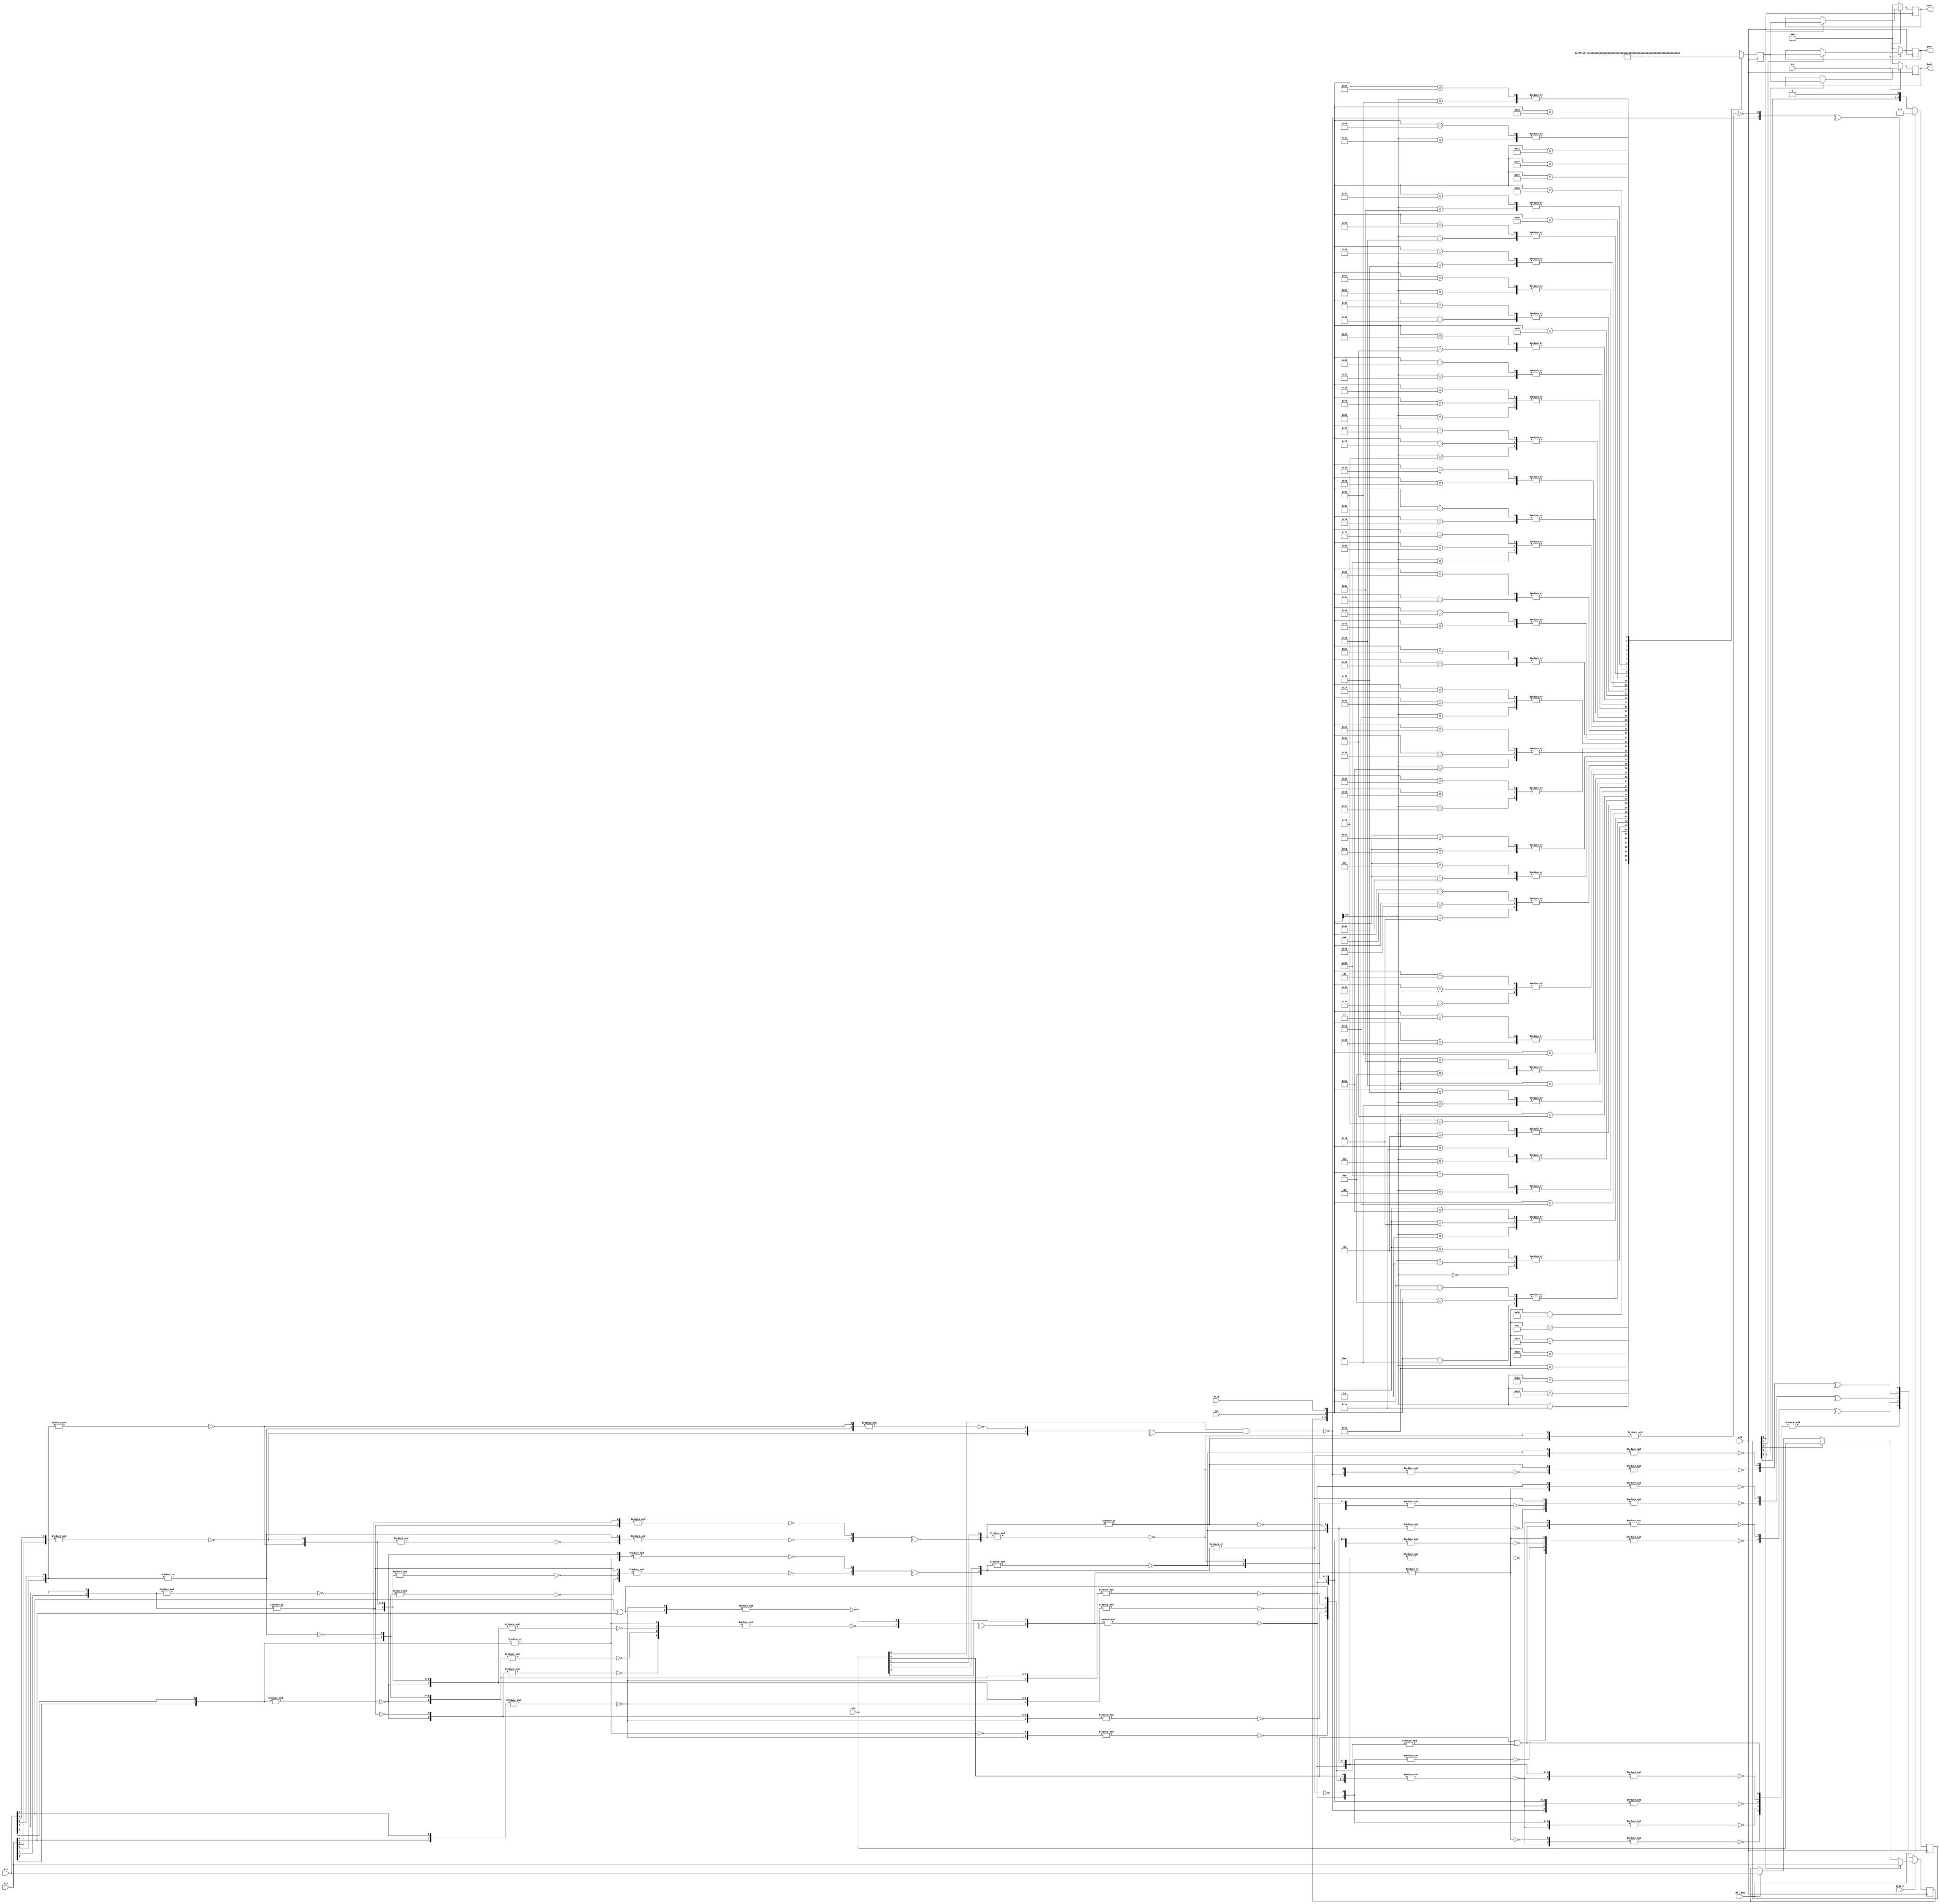
/*  This file is part of JTCORES.
    JTCORES program is free software: you can redistribute it and/or modify
    it under the terms of the GNU General Public License as published by
    the Free Software Foundation, either version 3 of the License, or
    (at your option) any later version.

    JTCORES program is distributed in the hope that it will be useful,
    but WITHOUT ANY WARRANTY; without even the implied warranty of
    MERCHANTABILITY or FITNESS FOR A PARTICULAR PURPOSE.  See the
    GNU General Public License for more details.

    You should have received a copy of the GNU General Public License
    along with JTCORES.  If not, see <http://www.gnu.org/licenses/>.

    Author: Jose Tejada Gomez. Twitter: @topapate
    Version: 1.0
    Date: 28-4-2024 */

// Model of SEGA's 315-5242 DAC
// based on RE work in
// https://github.com/furrtek/SiliconRE
// DAC values derived from electrical network analysis

module jtshanon_coldac(
    input            clk,
    input            pxl_cen,
    input      [4:0] rin, gin, bin,
    input            en,
    input            gray_n,
    input            sh,
    input            hilo,
    output reg [5:0] rout, gout, bout
);

reg  [5:0] lvl;
reg  [4:0] act;
wire [4:0] gray;
reg  [3:0] cnt;

always @(posedge clk) begin
    cnt <= cnt<<1;
    if(pxl_cen) begin
        cnt <= 1;
        act <= rin;
    end
    if( cnt[0] )  act        <=  gin;
    if( cnt[1] ) {act, rout} <= {bin, lvl};
    if( cnt[2] )       gout  <=       lvl;
    if( cnt[3] )       bout  <=       lvl;
    if( !gray_n ) act <= gray;
    if( !en ) {rout,gout,bout} <= 0;
    casez( {act,sh,hilo})
        // normal tones
        {5'd00, 2'b0?}: lvl <= 0;
        {5'd01, 2'b0?}: lvl <= 2;
        {5'd02, 2'b0?}: lvl <= 4;
        {5'd03, 2'b0?}: lvl <= 5;
        {5'd04, 2'b0?}: lvl <= 7;
        {5'd05, 2'b0?}: lvl <= 9;
        {5'd06, 2'b0?}: lvl <= 10;
        {5'd07, 2'b0?}: lvl <= 12;
        {5'd08, 2'b0?}: lvl <= 15;
        {5'd09, 2'b0?}: lvl <= 16;
        {5'd10, 2'b0?}: lvl <= 18;
        {5'd11, 2'b0?}: lvl <= 20;
        {5'd12, 2'b0?}: lvl <= 22;
        {5'd13, 2'b0?}: lvl <= 24;
        {5'd14, 2'b0?}: lvl <= 25;
        {5'd15, 2'b0?}: lvl <= 27;
        {5'd16, 2'b0?}: lvl <= 31;
        {5'd17, 2'b0?}: lvl <= 33;
        {5'd18, 2'b0?}: lvl <= 35;
        {5'd19, 2'b0?}: lvl <= 36;
        {5'd20, 2'b0?}: lvl <= 38;
        {5'd21, 2'b0?}: lvl <= 40;
        {5'd22, 2'b0?}: lvl <= 42;
        {5'd23, 2'b0?}: lvl <= 43;
        {5'd24, 2'b0?}: lvl <= 46;
        {5'd25, 2'b0?}: lvl <= 47;
        {5'd26, 2'b0?}: lvl <= 49;
        {5'd27, 2'b0?}: lvl <= 51;
        {5'd28, 2'b0?}: lvl <= 53;
        {5'd29, 2'b0?}: lvl <= 55;
        {5'd30, 2'b0?}: lvl <= 56;
        {5'd31, 2'b0?}: lvl <= 58;
        // dimmed
        {5'd00, 2'b10}: lvl <= 0;
        {5'd01, 2'b10}: lvl <= 0;
        {5'd02, 2'b10}: lvl <= 1;
        {5'd03, 2'b10}: lvl <= 1;
        {5'd04, 2'b10}: lvl <= 1;
        {5'd05, 2'b10}: lvl <= 2; // values above this point were rounded up
        {5'd06, 2'b10}: lvl <= 2; // to avoid too many zero entries
        {5'd07, 2'b10}: lvl <= 3;
        {5'd08, 2'b10}: lvl <= 4;
        {5'd09, 2'b10}: lvl <= 5;
        {5'd10, 2'b10}: lvl <= 7;
        {5'd11, 2'b10}: lvl <= 8;
        {5'd12, 2'b10}: lvl <= 9;
        {5'd13, 2'b10}: lvl <= 11;
        {5'd14, 2'b10}: lvl <= 12;
        {5'd15, 2'b10}: lvl <= 14;
        {5'd16, 2'b10}: lvl <= 17;
        {5'd17, 2'b10}: lvl <= 18;
        {5'd18, 2'b10}: lvl <= 20;
        {5'd19, 2'b10}: lvl <= 21;
        {5'd20, 2'b10}: lvl <= 23;
        {5'd21, 2'b10}: lvl <= 24;
        {5'd22, 2'b10}: lvl <= 25;
        {5'd23, 2'b10}: lvl <= 27;
        {5'd24, 2'b10}: lvl <= 29;
        {5'd25, 2'b10}: lvl <= 30;
        {5'd26, 2'b10}: lvl <= 32;
        {5'd27, 2'b10}: lvl <= 33;
        {5'd28, 2'b10}: lvl <= 34;
        {5'd29, 2'b10}: lvl <= 36;
        {5'd30, 2'b10}: lvl <= 37;
        {5'd31, 2'b10}: lvl <= 38;
        // bright
        {5'd00, 2'b11}: lvl <= 17;
        {5'd01, 2'b11}: lvl <= 18;
        {5'd02, 2'b11}: lvl <= 20;
        {5'd03, 2'b11}: lvl <= 21;
        {5'd04, 2'b11}: lvl <= 23;
        {5'd05, 2'b11}: lvl <= 24;
        {5'd06, 2'b11}: lvl <= 25;
        {5'd07, 2'b11}: lvl <= 27;
        {5'd08, 2'b11}: lvl <= 29;
        {5'd09, 2'b11}: lvl <= 30;
        {5'd10, 2'b11}: lvl <= 32;
        {5'd11, 2'b11}: lvl <= 33;
        {5'd12, 2'b11}: lvl <= 34;
        {5'd13, 2'b11}: lvl <= 36;
        {5'd14, 2'b11}: lvl <= 37;
        {5'd15, 2'b11}: lvl <= 38;
        {5'd16, 2'b11}: lvl <= 42;
        {5'd17, 2'b11}: lvl <= 43;
        {5'd18, 2'b11}: lvl <= 45;
        {5'd19, 2'b11}: lvl <= 46;
        {5'd20, 2'b11}: lvl <= 47;
        {5'd21, 2'b11}: lvl <= 49;
        {5'd22, 2'b11}: lvl <= 50;
        {5'd23, 2'b11}: lvl <= 51;
        {5'd24, 2'b11}: lvl <= 54;
        {5'd25, 2'b11}: lvl <= 55;
        {5'd26, 2'b11}: lvl <= 56;
        {5'd27, 2'b11}: lvl <= 58;
        {5'd28, 2'b11}: lvl <= 59;
        {5'd29, 2'b11}: lvl <= 60;
        {5'd30, 2'b11}: lvl <= 62;
        {5'd31, 2'b11}: lvl <= 63;
    endcase
end

// gray out logic comes directly from Furrtek's model
wire JETA_A, GYPU,  HORA,  BULU,  CAGA, HUTO, GYVE, DUDO, CUFO,
      FYXA,  JUSO,  GETY,  AGYD,  ARAX, ENAS, COXA, HATE, HUWU,
      G0ADJ, G1ADJ, G2ADJ, G3ADJ, G4ADJ;

assign gray[0] = ^{~FYXA, ~&{~GETY, JUSO}}; // HYJA, FENY
assign gray[1] = ^{~&{~&{~FYXA, JUSO}, ~GETY}, ~&{~ARAX, AGYD}};    // CUNY, BUHE, BYVO
assign gray[2] = ^{~&{~ARAX, ~&{AGYD, GETY}, ~&{~FYXA, JUSO, AGYD}}, ~&{~COXA, ENAS}};  // BEPE, ACOB, COHU, DODO
assign gray[3] = ^{~&{~COXA, ~&{ENAS, ARAX}, ~&{AGYD, ENAS, GETY}, ~&{~FYXA, JUSO, AGYD, ENAS}}, ~&{HUWU, HATE}};   // EHON, BOGO, HORO, AMYG, CAJO, DAPA
assign gray[4] = &{HUWU, ~&{HATE, COXA}, ~&{ENAS, HATE, ARAX}, ~&{AGYD, JUSO, ~FYXA, HATE, ENAS}, ~&{AGYD, ENAS, HATE, GETY}};  // GOXY, FUBY, ATYH, FAVO, GEHA

assign JETA_A = ~&{rin[0], bin[0]};
assign GYPU   = ~&{rin[1], bin[1]};
assign HORA   = ~|{rin[1], bin[1]};
assign BULU   = ~&{rin[2], bin[2]};
assign CAGA   = ~|{rin[2], bin[2]};
assign HUTO   = ~&{rin[3], bin[3]};
assign GYVE   = ~|{rin[3], bin[3]};
assign DUDO   = ~&{rin[4], bin[4]};
assign CUFO   =    rin[4] |bin[4];

assign FYXA   =    gin[0] &G0ADJ;
assign JUSO   = ~&{gin[1], G1ADJ};
assign GETY   = ~|{gin[1], G1ADJ};
assign AGYD   = ~&{gin[2], G2ADJ};
assign ARAX   = ~|{gin[2], G2ADJ};
assign ENAS   = ~&{gin[3], G3ADJ};
assign COXA   = ~|{gin[3], G3ADJ};
assign HATE   = ~&{gin[4], G4ADJ};
assign HUWU   =    gin[4] |G4ADJ;

assign G0ADJ = ^{JETA_A, ~&{~HORA, GYPU}};  // GUTO, EROP
assign G1ADJ = ^{~&{~&{JETA_A, GYPU}, ~HORA}, ~&{~CAGA, BULU}}; // DOCY, COPU, DUFY
assign G2ADJ = ^{~&{~CAGA, ~&{BULU, HORA}, ~&{JETA_A, GYPU, BULU}}, ~&{~GYVE, HUTO}};   // ATOK, ETYB, BYXO, HAXO, HUNA
assign G3ADJ = ^{~&{~GYVE, ~&{HUTO, CAGA}, ~&{BULU, HUTO, HORA}, ~&{JETA_A, GYPU, BULU, HUTO}}, ~&{CUFO, DUDO}};    // BEWA, DAMY, BOCA, DYJU, ETEC, GYLO
assign G4ADJ = &{CUFO, ~&{DUDO, GYVE}, ~&{HUTO, DUDO, CAGA}, ~&{BULU, GYPU, JETA_A, DUDO, HUTO}, ~&{BULU, HUTO, DUDO, HORA}};   // FERO, JYSA, CUGO, FUGU, JANO

endmodule